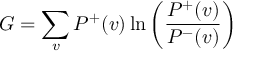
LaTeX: G = \sum _ { v } { P ^ { + } ( v ) \ln \left( { \frac { P ^ { + } ( v ) } { P ^ { - } ( v ) } } \right) }